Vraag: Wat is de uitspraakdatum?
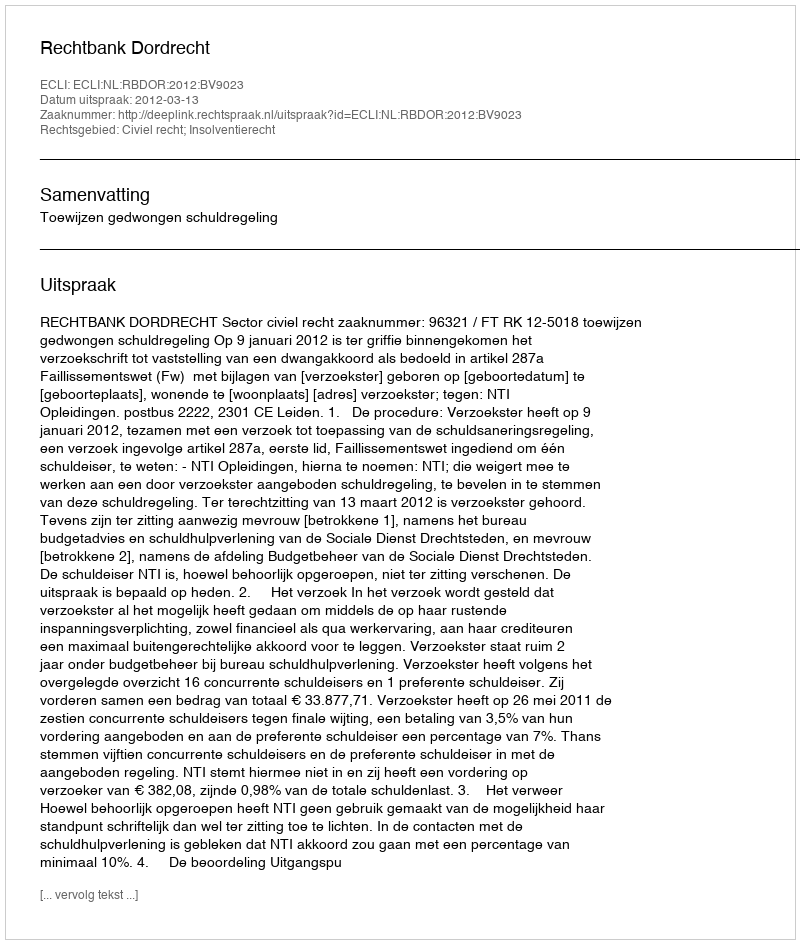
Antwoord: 2012-03-13